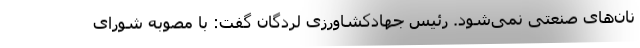
نان‌های صنعتی نمی‌شود. رئیس جهادکشاورزی لردگان گفت: با مصوبه شورای